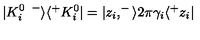
| K _ { i } ^ { 0 \enspace - } \rangle \langle ^ { + } K _ { i } ^ { 0 } | = | z _ { i } , ^ { - } \rangle 2 \pi \gamma _ { i } \langle ^ { + } z _ { i } |